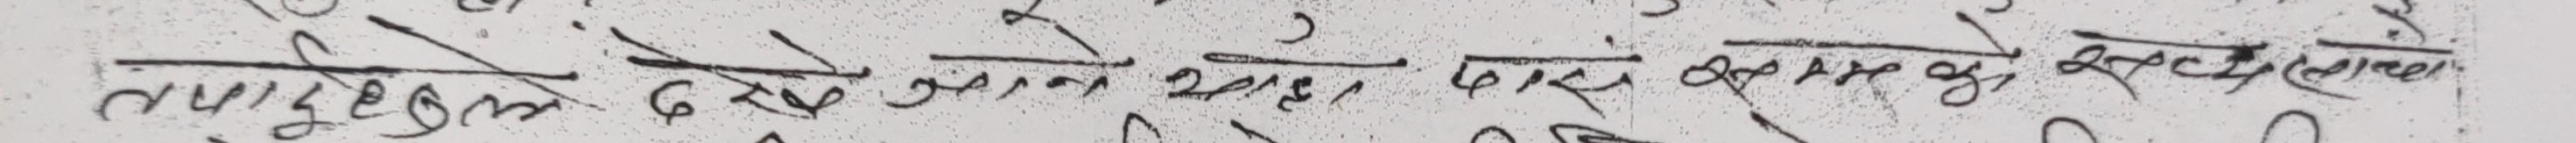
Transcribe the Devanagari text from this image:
लुगाइ दिए जान चाँड, पाल बम्यै गरुछ सोस्तै